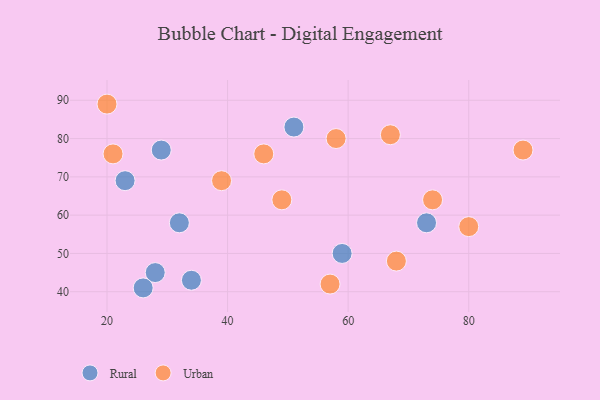
{"axis": {"x": "GDP", "y": "Life Expectancy"}, "legend": ["Rural", "Urban"], "data": [{"x": "32", "y": 58, "type": "Rural"}, {"x": "73", "y": 58, "type": "Rural"}, {"x": "28", "y": 45, "type": "Rural"}, {"x": "29", "y": 77, "type": "Rural"}, {"x": "26", "y": 41, "type": "Rural"}, {"x": "34", "y": 43, "type": "Rural"}, {"x": "23", "y": 69, "type": "Rural"}, {"x": "59", "y": 50, "type": "Rural"}, {"x": "51", "y": 83, "type": "Rural"}, {"x": "49", "y": 64, "type": "Urban"}, {"x": "80", "y": 57, "type": "Urban"}, {"x": "57", "y": 42, "type": "Urban"}, {"x": "46", "y": 76, "type": "Urban"}, {"x": "58", "y": 80, "type": "Urban"}, {"x": "39", "y": 69, "type": "Urban"}, {"x": "67", "y": 81, "type": "Urban"}, {"x": "74", "y": 64, "type": "Urban"}, {"x": "68", "y": 48, "type": "Urban"}, {"x": "89", "y": 77, "type": "Urban"}, {"x": "20", "y": 89, "type": "Urban"}, {"x": "21", "y": 76, "type": "Urban"}]}